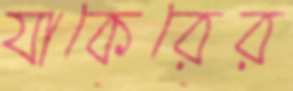
যাকেরের